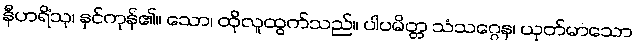
နီဟရိံသု၊ နှင်ကုန်၏။ သော၊ ထိုလူထွက်သည်။ ပါပမိတ္တ သံသဂ္ဂေန၊ ယုတ်မာသော